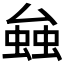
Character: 𧌦